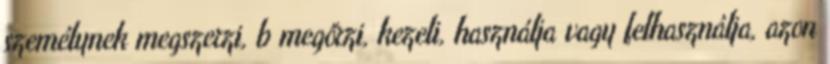
személynek megszerzi, b megőrzi, kezeli, használja vagy felhasználja, azon